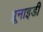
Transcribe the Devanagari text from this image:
प्रूनाइडी